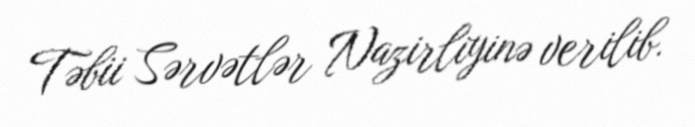
Təbii Sərvətlər Nazirliyinə verilib.